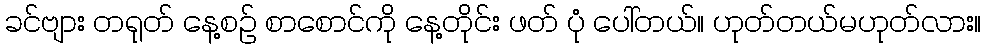
ခင်ဗျား တရုတ် နေ့စဉ် စာစောင်ကို နေ့တိုင်း ဖတ် ပုံ ပေါ်တယ်။ ဟုတ်တယ်မဟုတ်လား။